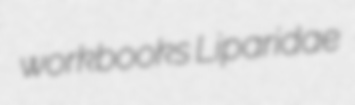
workbooks Liparidae